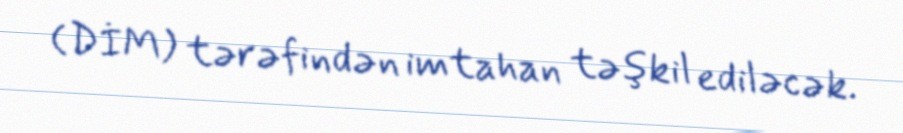
(DİM) tərəfindən imtahan təşkil ediləcək.